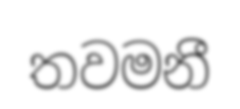
තවමනී